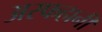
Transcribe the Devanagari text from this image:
अस्फहानी